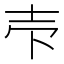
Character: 𰋈